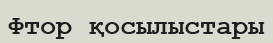
Фтор қосылыстары